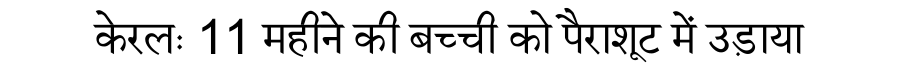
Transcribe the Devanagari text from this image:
केरलः 11 महीने की बच्ची को पैराशूट में उड़ाया